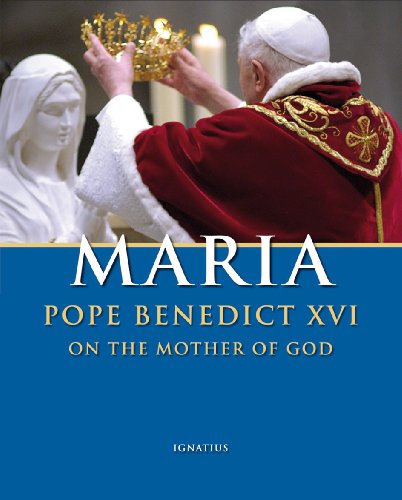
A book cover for Maria: Pope Benedict XVI on the Mother of God; Pope Benedict XVI; Christian Books & Bibles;